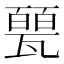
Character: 𱰐